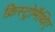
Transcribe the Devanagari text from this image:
क्रिस्ट्रोमैथिए